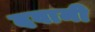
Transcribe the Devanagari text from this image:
दवामी